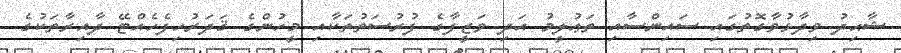
ޝާޙިދު ވިދާޅުވާގޮތުގައި ސައިންސާއި ތަޢުލީމު އަދި ވަޒީފާގެ ފުރުސަތުތަކާއި މީހުންގެ ޤަދަރުހިފެހެއްޓޭ ދާއިރާތަކުގެ